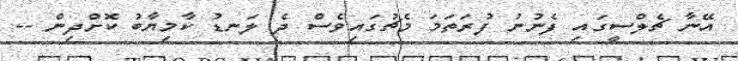
އޭނާ ޗެލްސީގައި ފެނުނު ފުރަތަމަ މެޗުގައިވެސް ދެ ލަނޑު ކާމިޔާބު ކޮށްދިން --